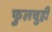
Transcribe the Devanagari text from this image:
फुलचुही